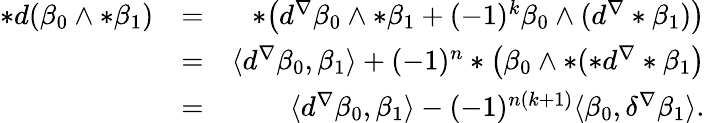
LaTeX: \begin{array}{rlr}{*d(\beta_{0}\wedge*\beta_{1})}&{=}&{*\big(d^{\nabla}\beta_{0}\wedge*\beta_{1}+(-1)^{k}\beta_{0}\wedge(d^{\nabla}*\beta_{1})\big)}\\ &{=}&{\langle d^{\nabla}\beta_{0},\beta_{1}\rangle+(-1)^{n}*\big(\beta_{0}\wedge*(*d^{\nabla}*\beta_{1}\big)}\\ &{=}&{\langle d^{\nabla}\beta_{0},\beta_{1}\rangle-(-1)^{n(k+1)}\langle\beta_{0},\delta^{\nabla}\beta_{1}\rangle.}\end{array}